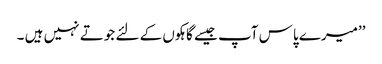
’’میرے پاس آپ جیسے گاہکوں کے لئے جوتے نہیں ہیں ۔